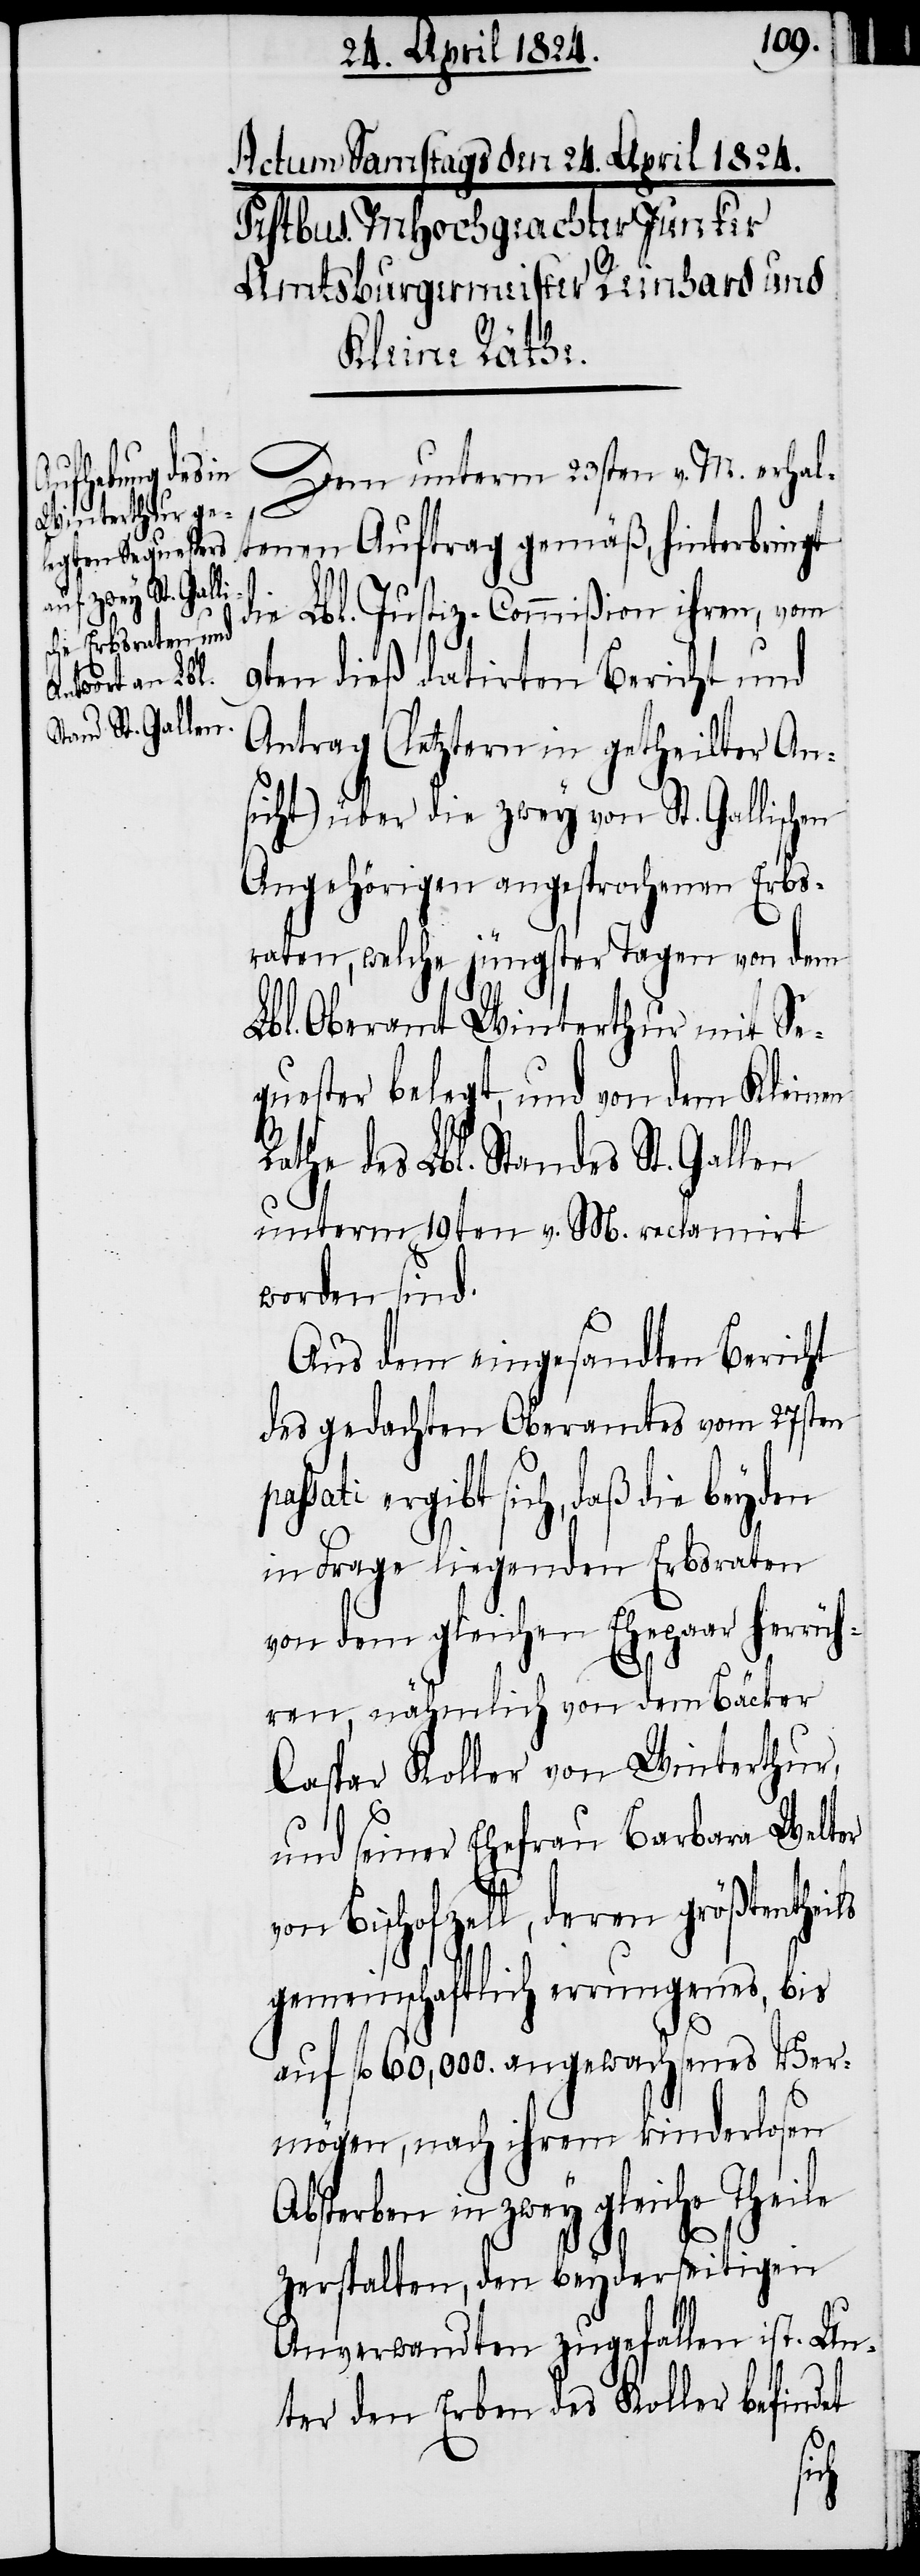
Dem unterm 23sten v. M. erhal¬
tenen Auftrag gemäß, hinterbringt
die Lbl. Justiz-Commißion ihren, vom
9ten dieß datirten Bericht und
Antrag (letztern in getheilter An¬
sicht) über die zwey von St. Gallischen
Angehörigen angesprochenen Erbs¬
raten, welche jüngster Tagen von dem
Lbl. Oberamt Winterthur mit Se¬
quester belegt, und von dem Kleinen
athe des Lbl. Standes St. Gallen
unterm 19ten v. M. reclamirt
worden sind.
Aus dem eingesandten Bericht
des gedachten Oberamtes vom 27sten
sati ergibt sich, daß die beyden
in Frage liegenden Erbsraten
von dem gleichen Ehepaar herrüh¬
ren, nähmlich von dem Bäcker
Caspar Koller von Winterthur,
pas¬
und seiner Ehefrau Barbara Welter
von Bischofzell, deren größtentheils
gemeinschaftlich errungenes, bis
auf fl. 60'000. angewachsenes Ver¬
mögen, nach ihrem kinderlosen
Absterben in zwey gleiche Theile
zerspalten, den beyderseitigen
Anverwandten zugefallen ist. Un¬
ter den Erben des Koller befindet
R¬